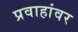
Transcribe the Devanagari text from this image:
प्रवाहांवर